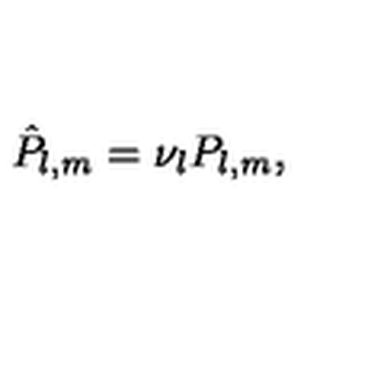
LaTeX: { \hat { P } } _ { l , m } = \nu _ { l } P _ { l , m } ,